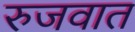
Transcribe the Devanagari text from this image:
रुजवात